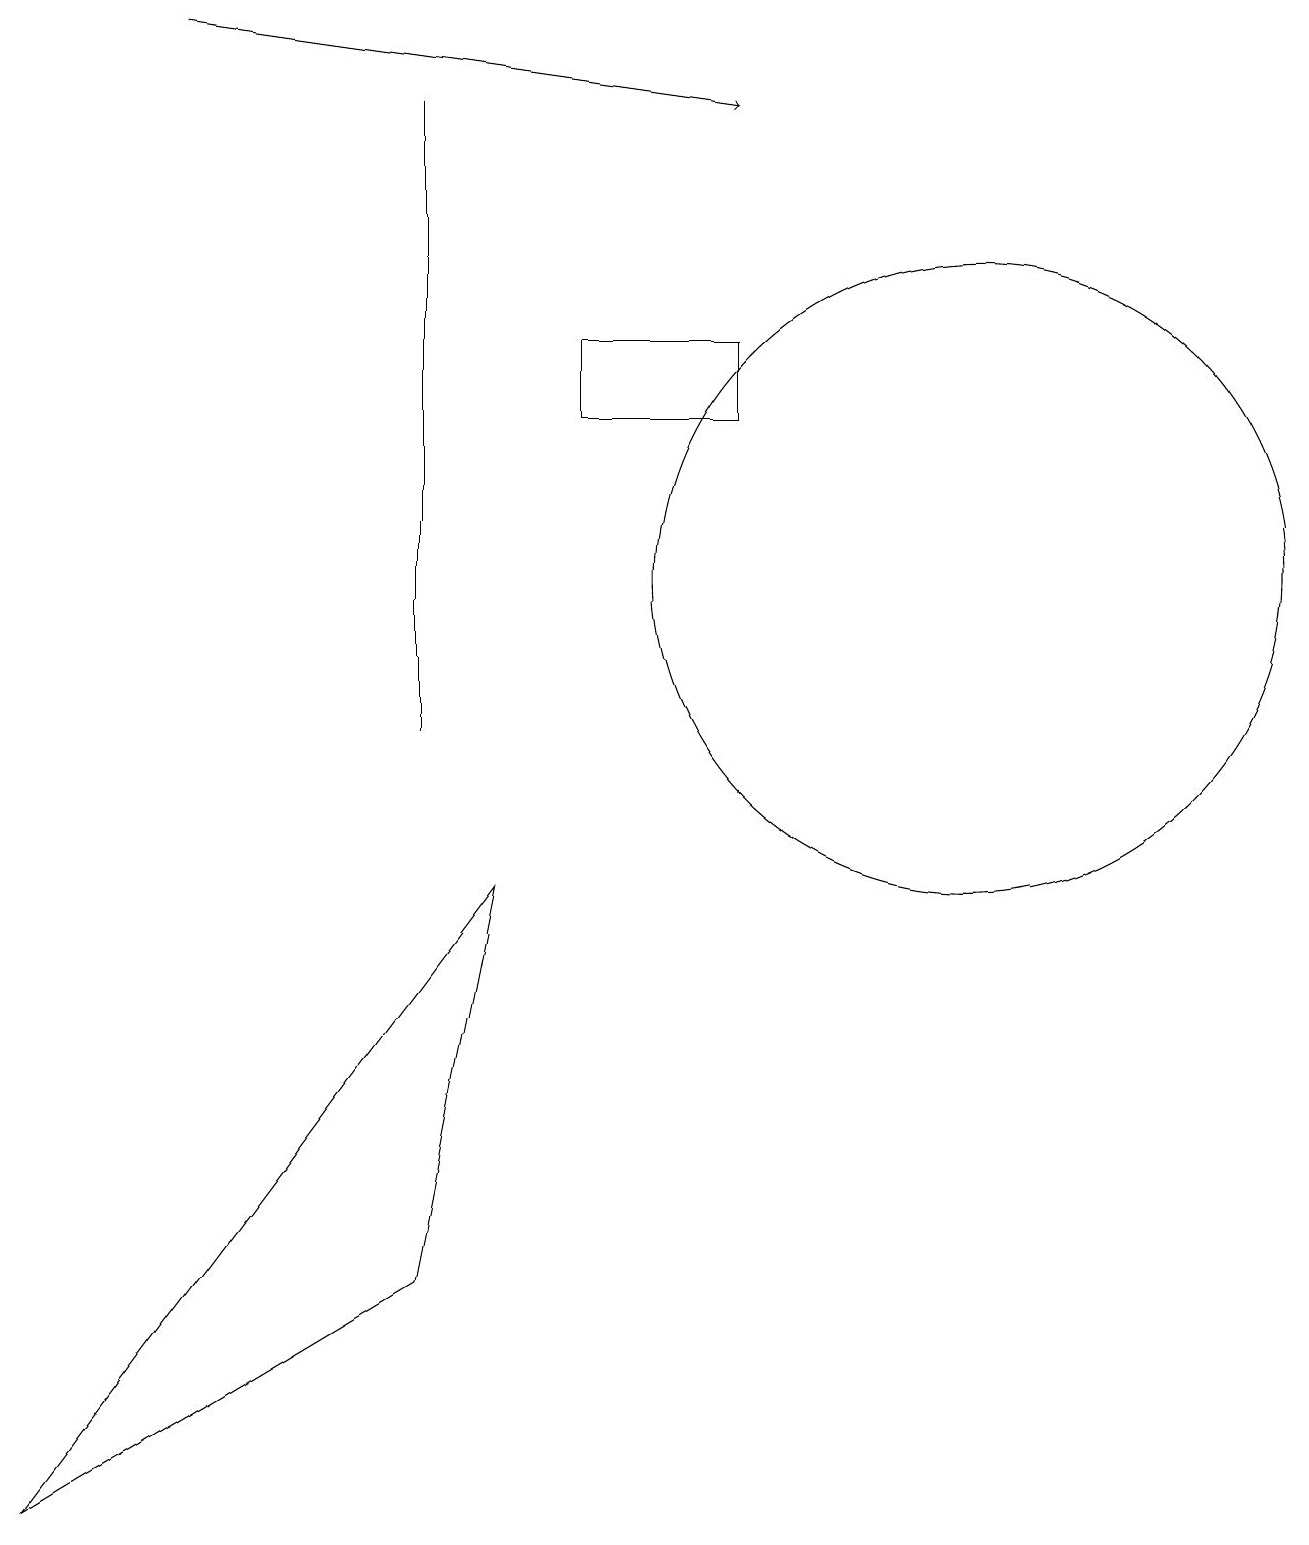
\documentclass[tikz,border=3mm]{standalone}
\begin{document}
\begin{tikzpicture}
\draw (12,12) circle (4);
\draw (5,18) rectangle (5,10);
\draw (7,15) rectangle (9,14);
\draw (9,18) rectangle (9,18);
\draw[->] (2,19) -- (9,18);
\draw (0,0) -- (6,8) -- (5,3) -- cycle;
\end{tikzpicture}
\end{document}